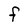
Character: F